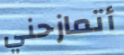
أتمازحني